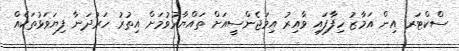
ސްކްޓަރ އިން އަމާޒު ހިފާފައި ވާއިރު އިމަޖެންސީއަށް ތައްޔާރުވުމަށް އިތުރު ހަރުދަނާ ފިޔަވަޅުތަކެއް